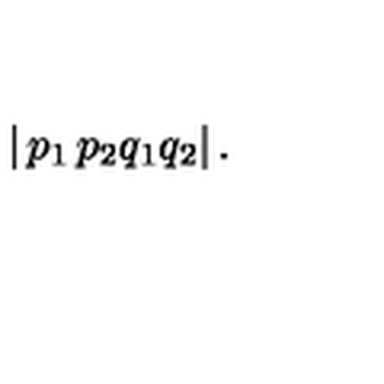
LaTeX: \left| \begin{matrix} { p _ { 1 } } & { p _ { 2 } } \\ { q _ { 1 } } & { q _ { 2 } } \\ \end{matrix} \right| .